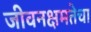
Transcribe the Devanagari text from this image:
जीवनक्षमतेचा